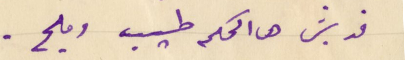
قديش هالحكيم طيب ومليح.